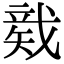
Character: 𥏛